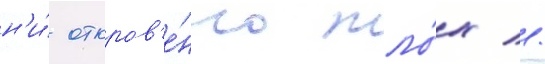
н'и́ откров'е́нно пло́х //